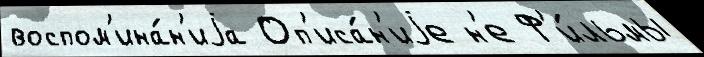
воспом'ина́н'иjа Оп'иса́н'иjе н'е Ф'и́льмы